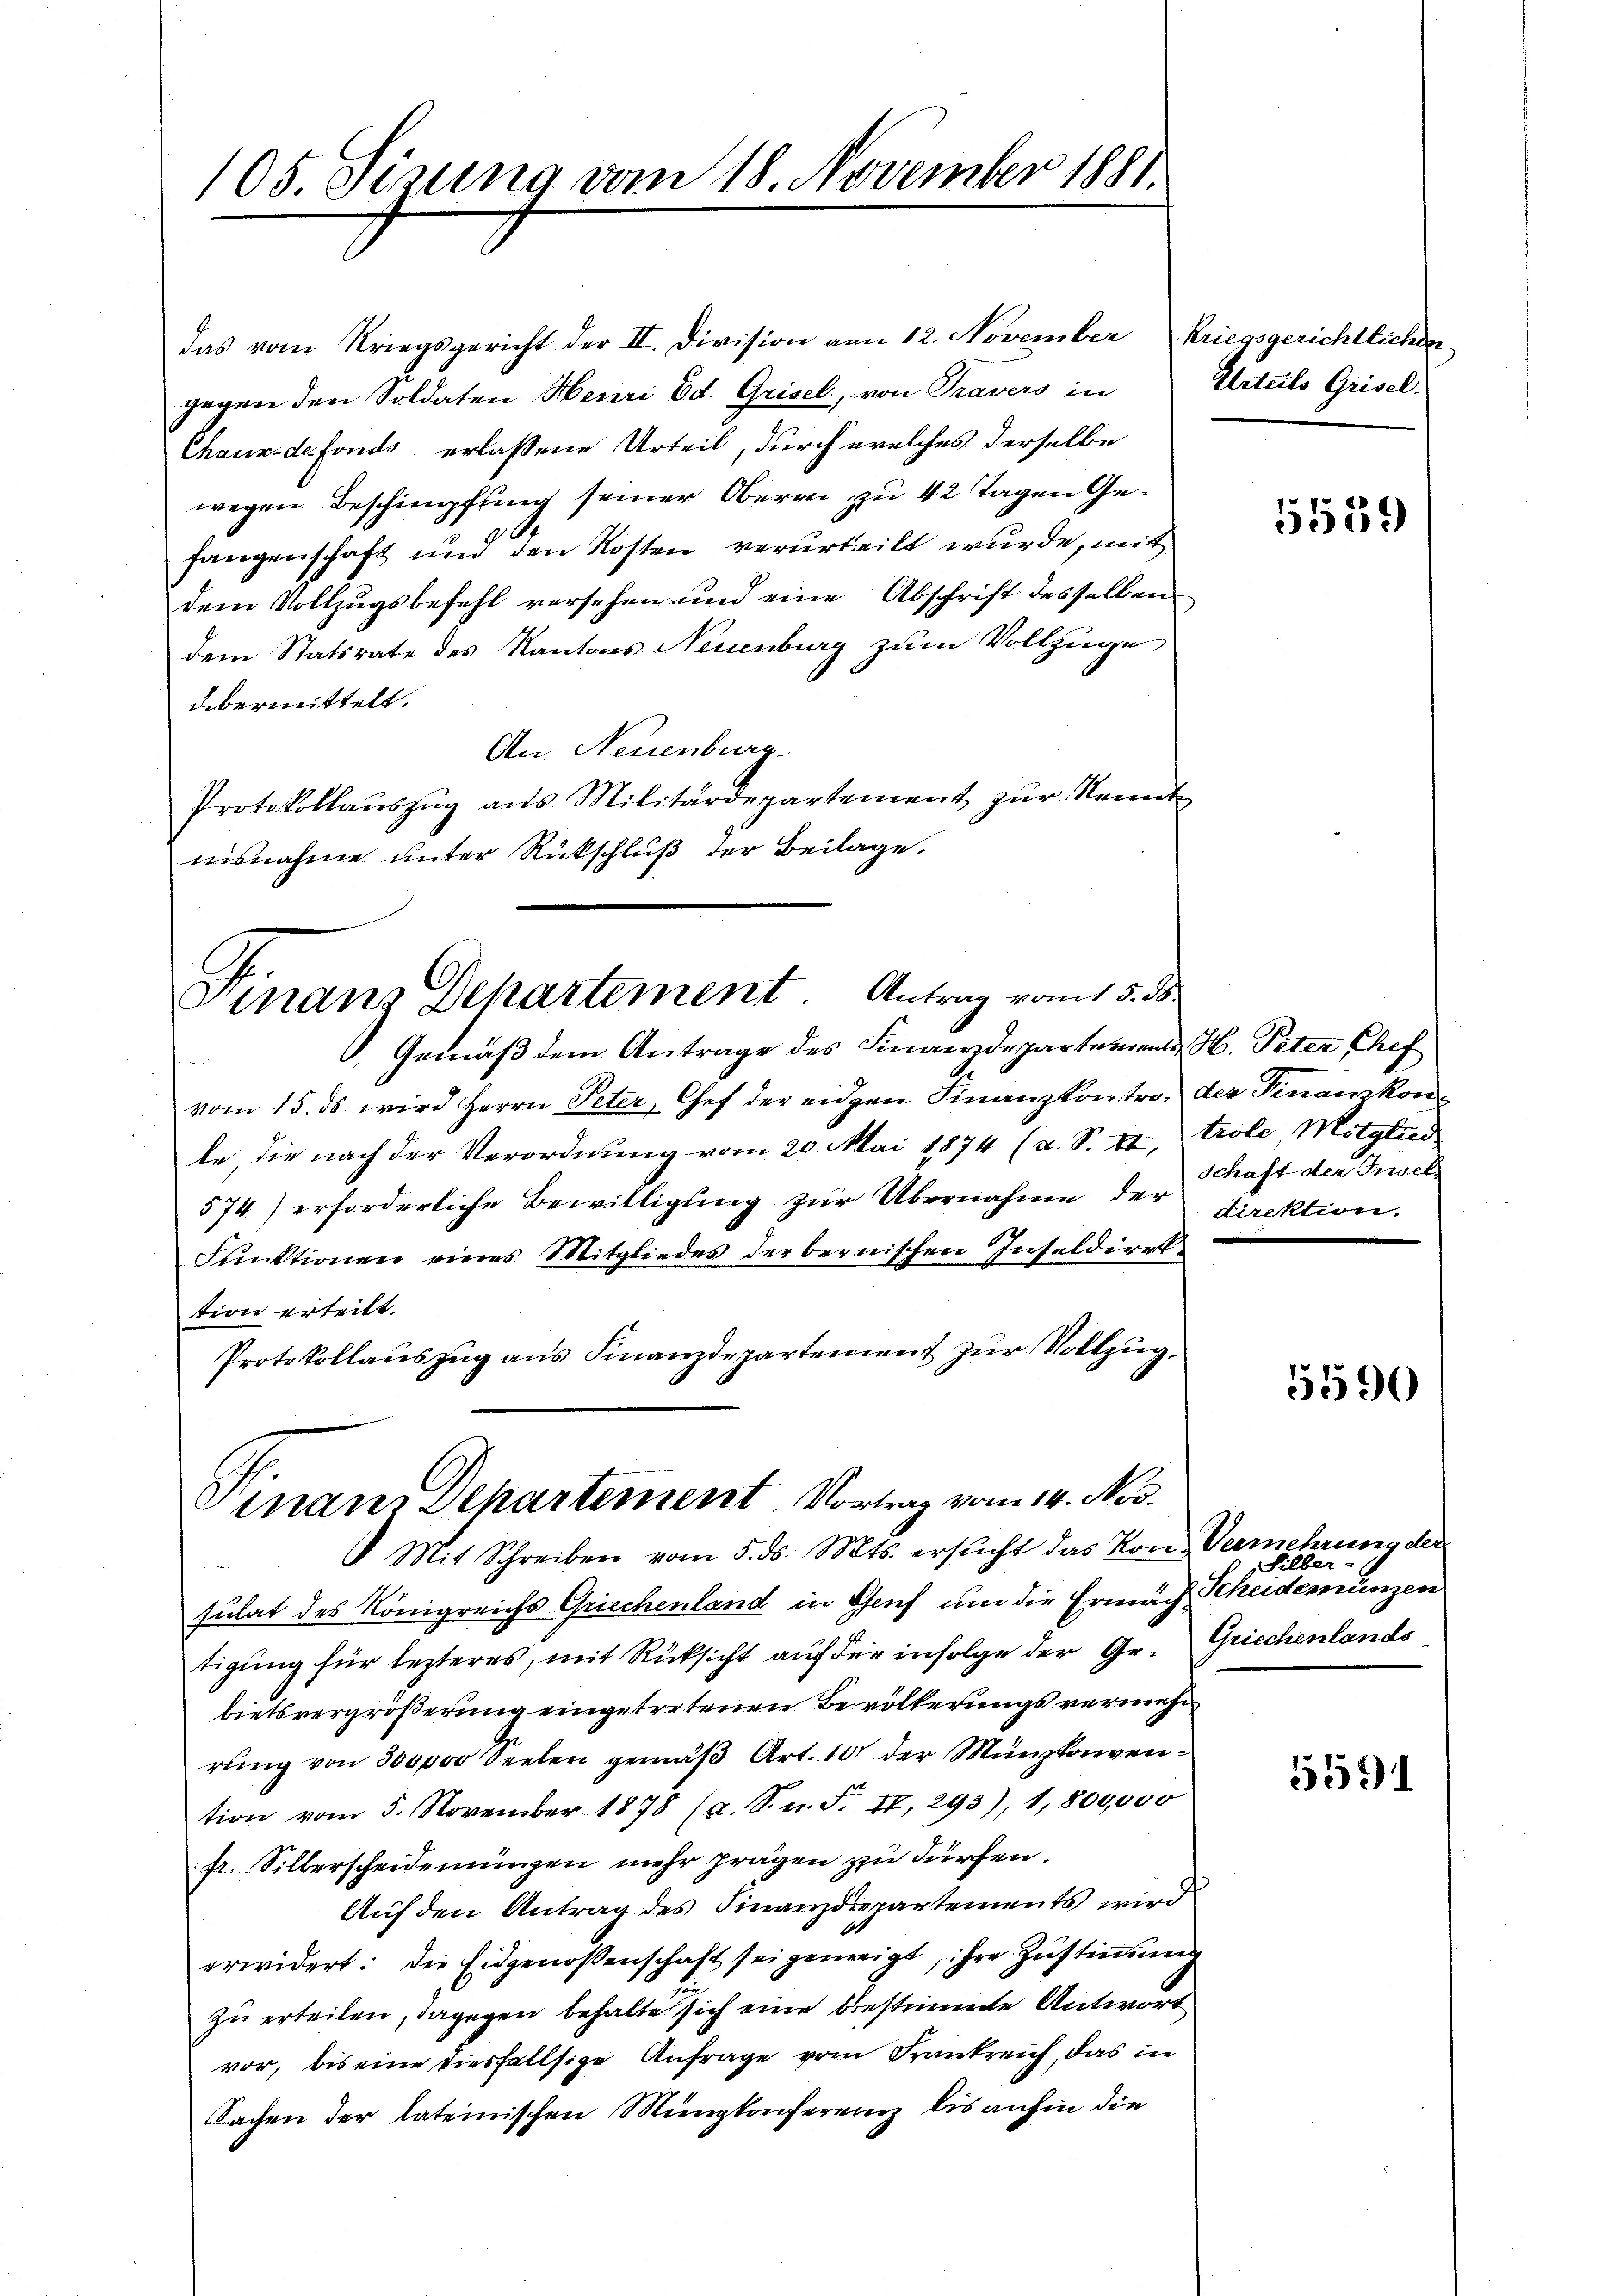
das vom Kriegsgericht der II. Division von 12. November Kriegsgerichtlicher
gegen den Soldaten Henri Ed. Grisel, von Travers in
Chaux-de-Fonds erlassene Urteil, durch welches derselbe
wegen Beschimpfung seiner Oberre zu 42 Tagen Gefangenschaft und den Kosten verurteilt wurde, mit
dem Vollzugsbefehl versehen und eine Abschrift desselben
dem Statsrate des Kantons Neuenburg zum Vollzüge,
übermittelt.
An Neuenburg.
Protokollaŭszŭg ans Militärdepartement zŭr Kennt
nisnahme unter Rückschlŭβ der Beilage.

105. Sizung vom 18. November 1881.

Finanz Dehartement. Antrag vom 15. ds

Gemäß dem Antrage des Finanzdepartements H. Peter Chef
vom 15. ds. wird Herrn Peter, Chef der eidgen. Finanzkontro der Finanzkonle die nach der Verordnung vom 20. Mai 1874 (u. S. II, trole Mitglied
574) erforderliche Bewilligung zur Übernahme der Direktion.
Funktionen eines Mitgliedes der bernischen Inseldirektion erteilt.
Protokollauszug aus Finanzdepartement zur Vollzug.

Finans Departement. Vortrag vom 14. Nov.

Urteils Grisel.

5559

schaft der Insel

Mit Schreiben vom 5. ds. Mts. ersŭcht das von Vermehrung der
sulat des Königreichs Griechenland in Genf um die Ermäch Scheidemünzen
tigung für lezteres, mit Rücksicht auf die infolge der Gr. Griechenlands
bietsvergrößerung eingetretenen Bevölkerungsvermehr
rung von 300000 Seelen gemäß Art. 101 der Münzkonvention vom 5. November 1878 (a. S. n. F. II, 293), 1,800,000
fr. Silberscheidenningen mehr prägen zu dürfen.
Auf den Antrag des Finanzdepartements wird
erwidert: Die Eidgenossenschaft sei geneigt, ihre Zustimmung
zu erteilen, dagegen behalte sich eine bestimmte Antwort
vor, bis eine diesfallsige Anfrage vom Frankreich, das in
Sachen der lateinischen Minzkonferenz bis anhin die

5590

Silber.

5591